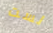
لست